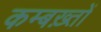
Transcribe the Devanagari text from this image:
कम्बख़्तों